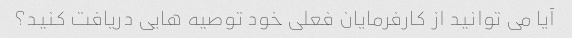
آیا می توانید از کارفرمایان فعلی خود توصیه هایی دریافت کنید؟